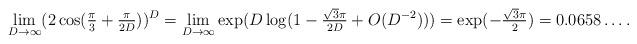
LaTeX: \begin{align*}\lim_{D \rightarrow \infty} (2 \cos(\tfrac{\pi}{3} + \tfrac{\pi}{2D}))^D = \lim_{D \rightarrow \infty} \exp(D \log(1- \tfrac{\sqrt{3} \pi}{2 D} + O(D^{-2}))) = \exp(-\tfrac{\sqrt{3} \pi}{2}) = 0.0658\dots.\end{align*}